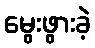
မွေးဖွားခဲ့